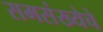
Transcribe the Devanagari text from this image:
समसंख्येचे